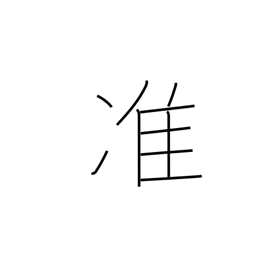
Meaning: semi-